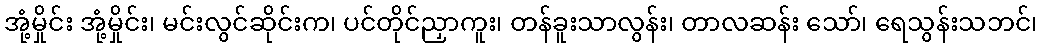
အုံ့မှိုင်း အုံ့မှိုင်း၊ မင်းလွင်ဆိုင်းက၊ ပင်တိုင်ညှာကူး၊ တန်ခူးသာလွန်း၊ တာလဆန်း သော်၊ ရေသွန်းသဘင်၊